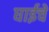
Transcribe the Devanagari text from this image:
घाईचे